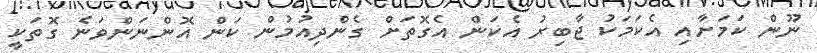
ނޫން ކަމަށާއި އެކަމަކު ޖާބިރު އެކަން އެގޮތަށް ގެންދިއުމުން ކަން އޮންނަންވަނެ ގޮތަކީ